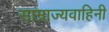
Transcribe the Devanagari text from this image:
साम्राज्यवाहिनी